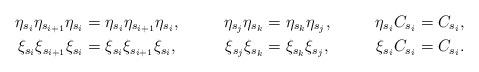
LaTeX: \begin{align*}\eta_{s_i}\eta_{s_{i+1}}\eta_{s_i} &= \eta_{s_i}\eta_{s_{i+1}}\eta_{s_i},&\eta_{s_j}\eta_{s_k} &= \eta_{s_k}\eta_{s_j},&\eta_{s_i}C_{s_i} &= C_{s_i},\\\xi_{s_i}\xi_{s_{i+1}}\xi_{s_i} &= \xi_{s_i}\xi_{s_{i+1}}\xi_{s_i},&\xi_{s_j}\xi_{s_k} &= \xi_{s_k}\xi_{s_j},&\xi_{s_i}C_{s_i} &= C_{s_i}.\end{align*}